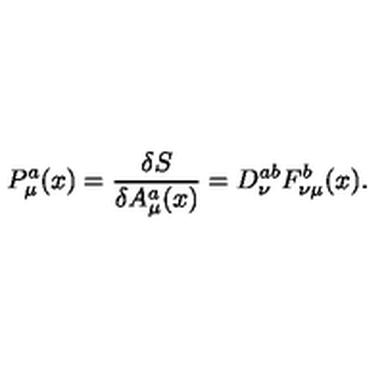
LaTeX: P _ { \mu } ^ { a } ( x ) = \frac { \delta { S } } { \delta { A _ { \mu } ^ { a } ( x ) } } = D _ { \nu } ^ { a b } F _ { \nu \mu } ^ { b } ( x ) .